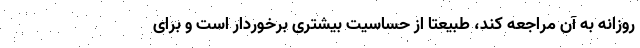
روزانه به آن مراجعه کند، طبیعتا از حساسیت بیشتری برخوردار است و برای